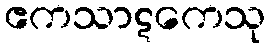
ဧကသာဋကေသု